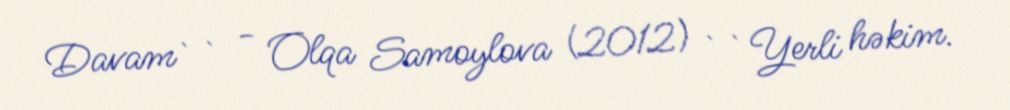
Davam`` - Olqa Samoylova (2012) ``Yerli həkim.